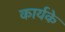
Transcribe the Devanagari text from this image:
कार्यके